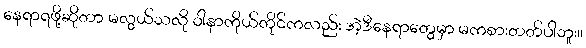
နေရာရဖို့ဆိုတာ မလွယ်သလို ဝါနာကိုယ်တိုင်ကလည်း အဲ့ဒီနေရာတွေမှာ မကစားတတ်ပါဘူး။